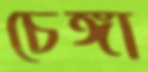
চেঙ্গা